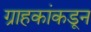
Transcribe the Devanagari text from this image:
ग्राहकांकडून